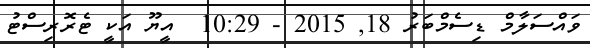
ވައްސަލާމް ޑިސެމްބަރު 18